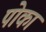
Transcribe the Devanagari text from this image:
पोका